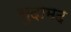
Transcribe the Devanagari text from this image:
सुदामद